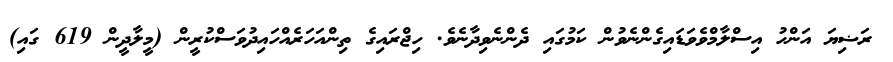
ރަޟިޔަ އަންހު އިސްލާމްވެވަޑައިގެންނެވުން ކަމުގައި ދެންނެވިދާނެވެ. ހިޖްރައިގެ ތިންއަހަރެއްހައިދުވަސްކުރީން (މީލާދީން 619 ގައި)